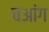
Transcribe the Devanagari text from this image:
चआंग